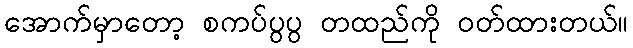
အောက်မှာတော့ စကပ်ပွပွ တထည်ကို ဝတ်ထားတယ်။